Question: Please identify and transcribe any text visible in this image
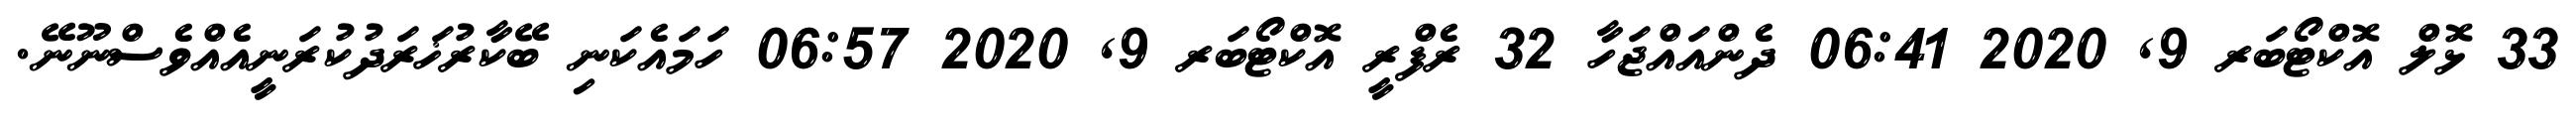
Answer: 33 ޅޮލް އޮކްޓޯބަރ 9, 2020 06:41 ދެންއައްޖަހާ 32 ރެފްރީ އޮކްޓޯބަރ 9, 2020 06:57 ހަމައެކަނި ބޭކާރުޚަރަދުކުރަނީއެއްވެސްނޫނޭ.